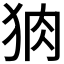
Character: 𭸆